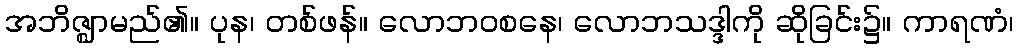
အဘိဇ္ဈာမည်၏။ ပုန၊ တစ်ဖန်။ လောဘဝစနေ၊ လောဘသဒ္ဒါကို ဆိုခြင်း၌။ ကာရဏံ၊